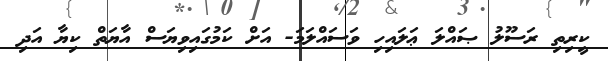
ކީރިތި ރަސޫލު ޞައްލަ ޢަލައިހި ވަސައްލަމަ- އަށް ކަމުގައިވިޔަސް އާޔަތް ކިޔާ އަދި